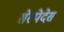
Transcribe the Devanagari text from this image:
सेस्पेदेस